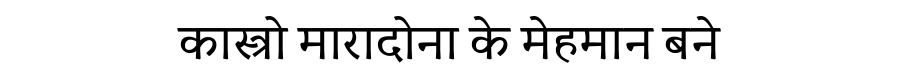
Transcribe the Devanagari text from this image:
कास्त्रो मारादोना के मेहमान बने